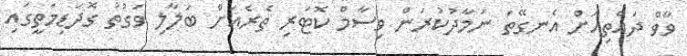
ވާވް ދައްތިއަށް އެނގޭތަ ނަމާދުކުރަން ވިސާމް ކޮޓަރި ތެރެއަށް ބަލާލި ވަގުތު ގޮދަޑިމަތީގައި